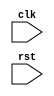
module reset_logic (
    input wire clk,
    input wire rst,
    // other input/output ports here
);

// Declare your verilog variables here

// Behavioral modeling block triggered on negative edge of "rst"
always @(negedge rst) begin
    // Reset logic or initialization processes here
end

// Other verilog code here

endmodule